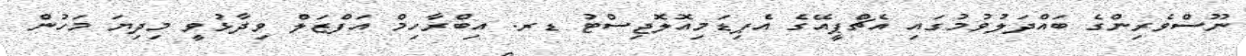
ނޫސްވެރިންގެ ބައްދަލުވުމުގައި އެޗްޕީއޭގެ އެޕިޑަމިއޮލޮޖިސްޓު ޑރ. އިބްރާހިމް އަފްޒަލް ވިދާޅުވީ މިދިޔަ މަހުން